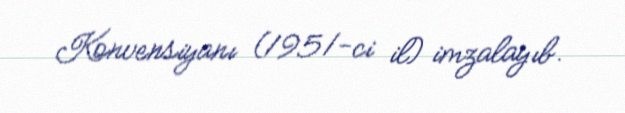
Konvensiyanı (1951-ci il) imzalayıb.